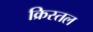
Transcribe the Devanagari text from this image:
क्रिस्तल